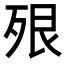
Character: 𣧾